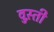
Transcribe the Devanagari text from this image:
वुस़्ती